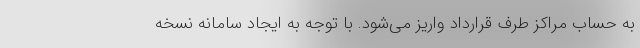
به حساب مراکز طرف قرارداد واریز می‌شود. با توجه به ایجاد سامانه نسخه